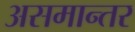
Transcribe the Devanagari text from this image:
असमान्तर